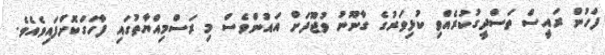
ފަހުން ރައީސް ތަސްދީގުކުރެއްވި ކުޅިވަރުގެ ގާނޫނު ވުޖޫދަށް އައުންވެސް މި ރަސްމިއްޔާތުގައި ފާހަގަކޮށްފައިވެއެވެ.